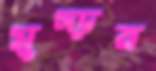
মুচ্‌ড়য়